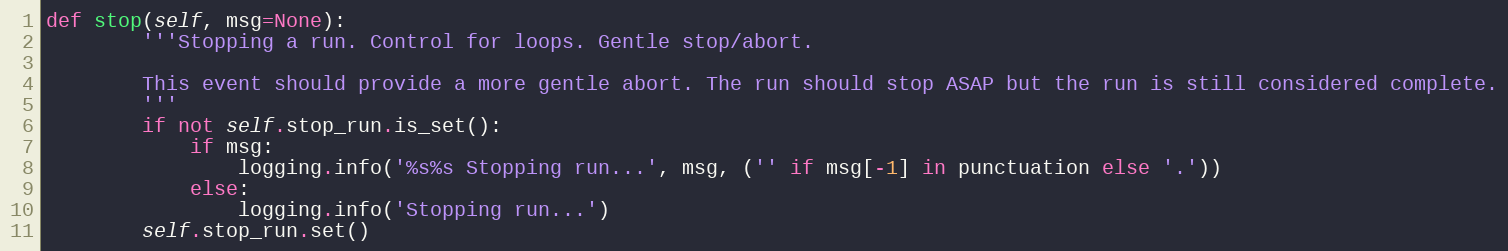
Language: Python
def stop(self, msg=None):
        '''Stopping a run. Control for loops. Gentle stop/abort.

        This event should provide a more gentle abort. The run should stop ASAP but the run is still considered complete.
        '''
        if not self.stop_run.is_set():
            if msg:
                logging.info('%s%s Stopping run...', msg, ('' if msg[-1] in punctuation else '.'))
            else:
                logging.info('Stopping run...')
        self.stop_run.set()